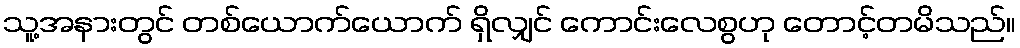
သူ့အနားတွင် တစ်ယောက်ယောက် ရှိလျှင် ကောင်းလေစွဟု တောင့်တမိသည်။